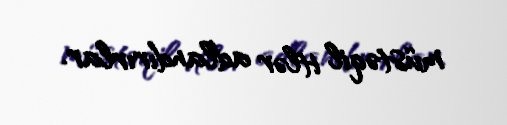
müstəqil itlər adlandırırlar.